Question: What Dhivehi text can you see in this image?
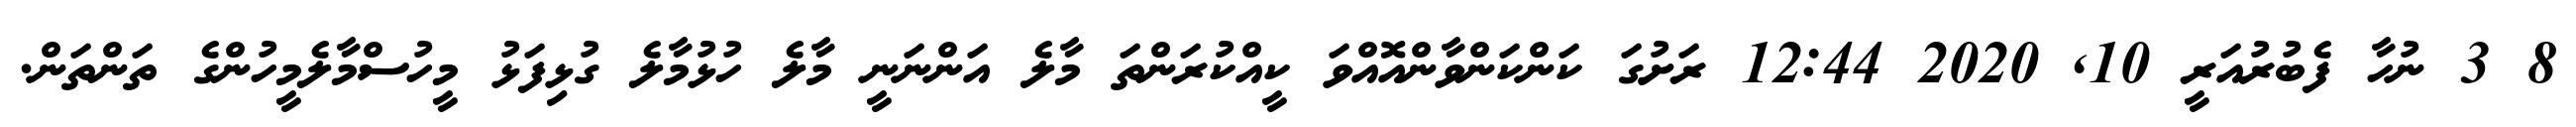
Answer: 8 3 ނުހާ ފެބުރުއަރީ 10, 2020 12:44 ރަށުގަ ކަންކަންވާންއޮއްވަ ކީއްކުރަންތަ މާލެ އަންނަނީ މާލެ ހުޅުމާލެ ގުޅިފަޅު މީހުސްމާލެމީހުންގެ ތަންތަން.